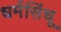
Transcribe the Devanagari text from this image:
धर्मसिंधू